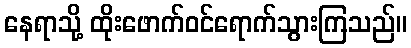
နေရာသို့ ထိုးဖောက်ဝင်ရောက်သွားကြသည်။